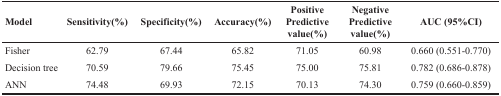
| Model | Sensitivity(%) | Specificity(%) | Accuracy(%) | Positive Predictive value(%) | Negative Predictive value(%) | AUC (95%CI) |
 | --- | --- | --- | --- | --- | --- | --- |
 | Fisher | 62.79 | 67.44 | 65.82 | 71.05 | 60.98 | 0.660 (0.551-0.770) |
 | Decision tree | 70.59 | 79.66 | 75.45 | 75.00 | 75.81 | 0.782 (0.686-0.878) |
 | ANN | 74.48 | 69.93 | 72.15 | 70.13 | 74.30 | 0.759 (0.660-0.859) |